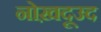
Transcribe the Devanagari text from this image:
नोख़दूउद